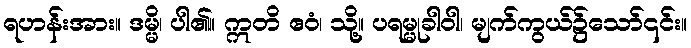
ရဟန်းအား။ ဒမ္မိ၊ ပါ၏။ ဣတိ ဧဝံ၊ သို့။ ပရမ္မုခါဝါ၊ မျက်ကွယ်၌သော်၎င်း။